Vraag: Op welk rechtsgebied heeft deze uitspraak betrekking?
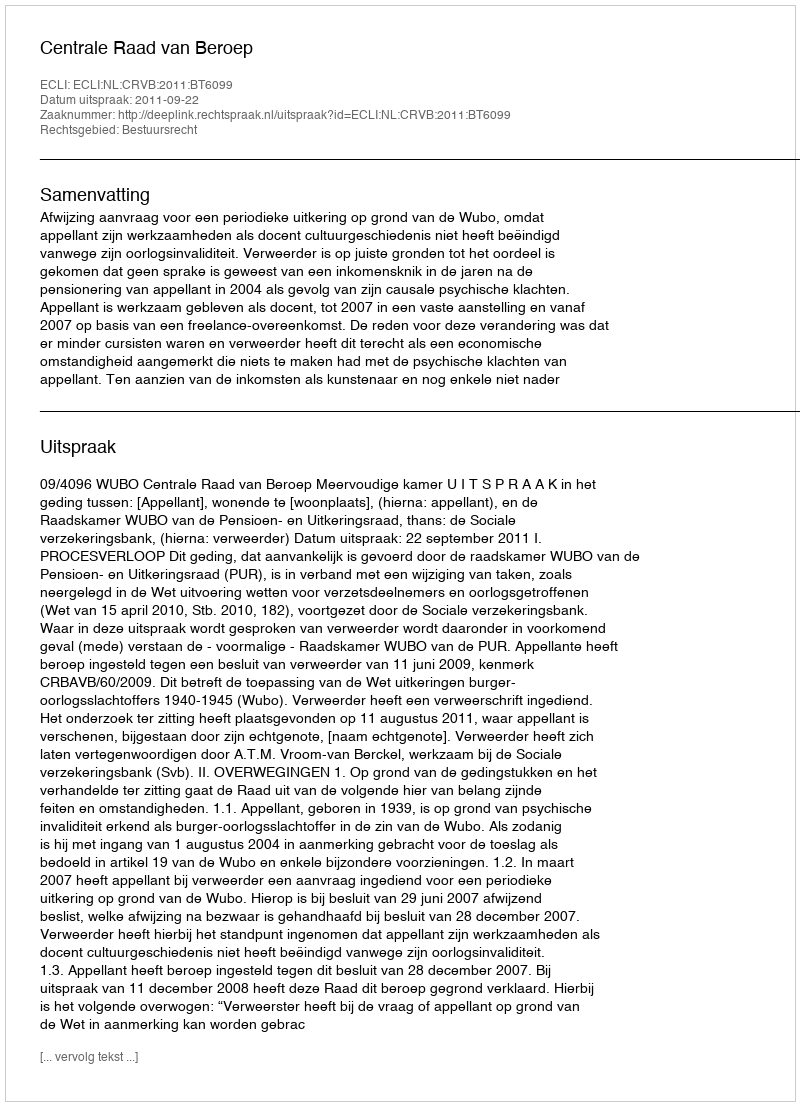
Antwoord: Bestuursrecht